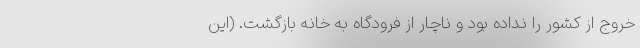
خروج از کشور را نداده بود و ناچار از فرودگاه به خانه بازگشت. (این